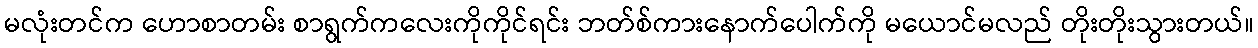
မလုံးတင်က ဟောစာတမ်း စာရွက်ကလေးကိုကိုင်ရင်း ဘတ်စ်ကားနောက်ပေါက်ကို မယောင်မလည် တိုးတိုးသွားတယ်။